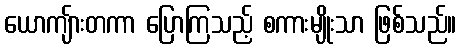
ယောကျ်ားတကာ ပြောကြသည့် စကားမျိုးသာ ဖြစ်သည်။